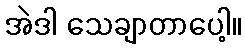
အဲဒါ သေချာတာပေါ့။